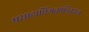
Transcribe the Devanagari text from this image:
प्रसादाधिगतपंडितराज